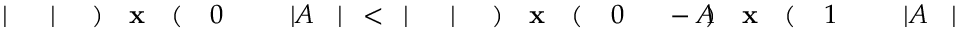
\! \! \! \! \! \! \! \! \! \! \! | \! \! \! \! \! \! \! \! \! \! \! \! | A \! \! \! \! \! \! \! \! \! \! \! \! _ { \! } \! \! \! \! \! \! \! \! \! \! \! 1 \! \! \! \! \! \! \! \! \! \! \! \! ( \! \! \! \! \! \! \! \! \! \! \! \! \mathbf { x } \! \! \! \! \! \! \! \! \! \! \! \! ) \! \! \! \! \! \! \! \! \! \! \! \! - A \! \! \! \! \! \! \! \! \! \! \! \! _ { \! } \! \! \! \! \! \! \! \! \! \! \! 0 \! \! \! \! \! \! \! \! \! \! \! \! ( \! \! \! \! \! \! \! \! \! \! \! \! \mathbf { x } \! \! \! \! \! \! \! \! \! \! \! \! ) \! \! \! \! \! \! \! \! \! \! \! \! | \! \! \! \! \! \! \! \! \! \! \! \! | \! \! \! \! \! \! \! \! \! \! \! \! < \! \! \! \! \! \! \! \! \! \! \! \! | \! \! \! \! \! \! \! \! \! \! \! \! | A \! \! \! \! \! \! \! \! \! \! \! \! _ { \! } \! \! \! \! \! \! \! \! \! \! \! 0 \! \! \! \! \! \! \! \! \! \! \! \! ( \! \! \! \! \! \! \! \! \! \! \! \! \mathbf { x } \! \! \! \! \! \! \! \! \! \! \! \! ) \! \! \! \! \! \! \! \! \! \! \! \! | \! \! \! \! \! \! \! \! \! \! \! \! | \! \! \! \! \! \! \! \! \! \! \!